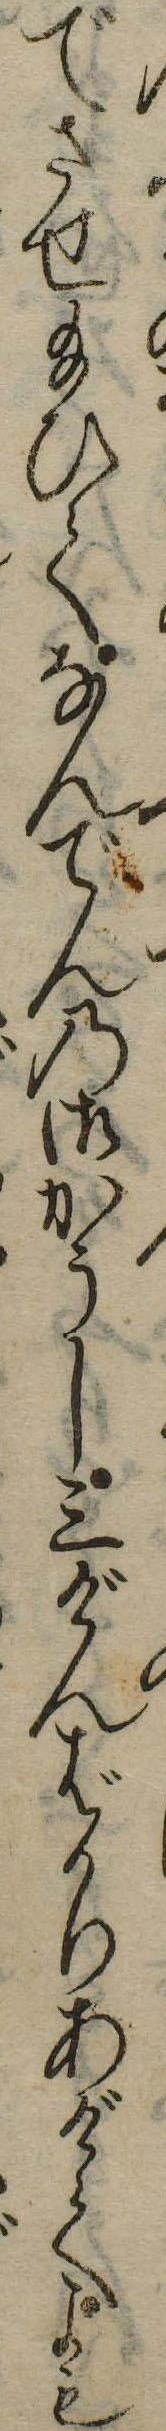
でさせ給ひてなんでんの御かうし三げんばかりあげてよも